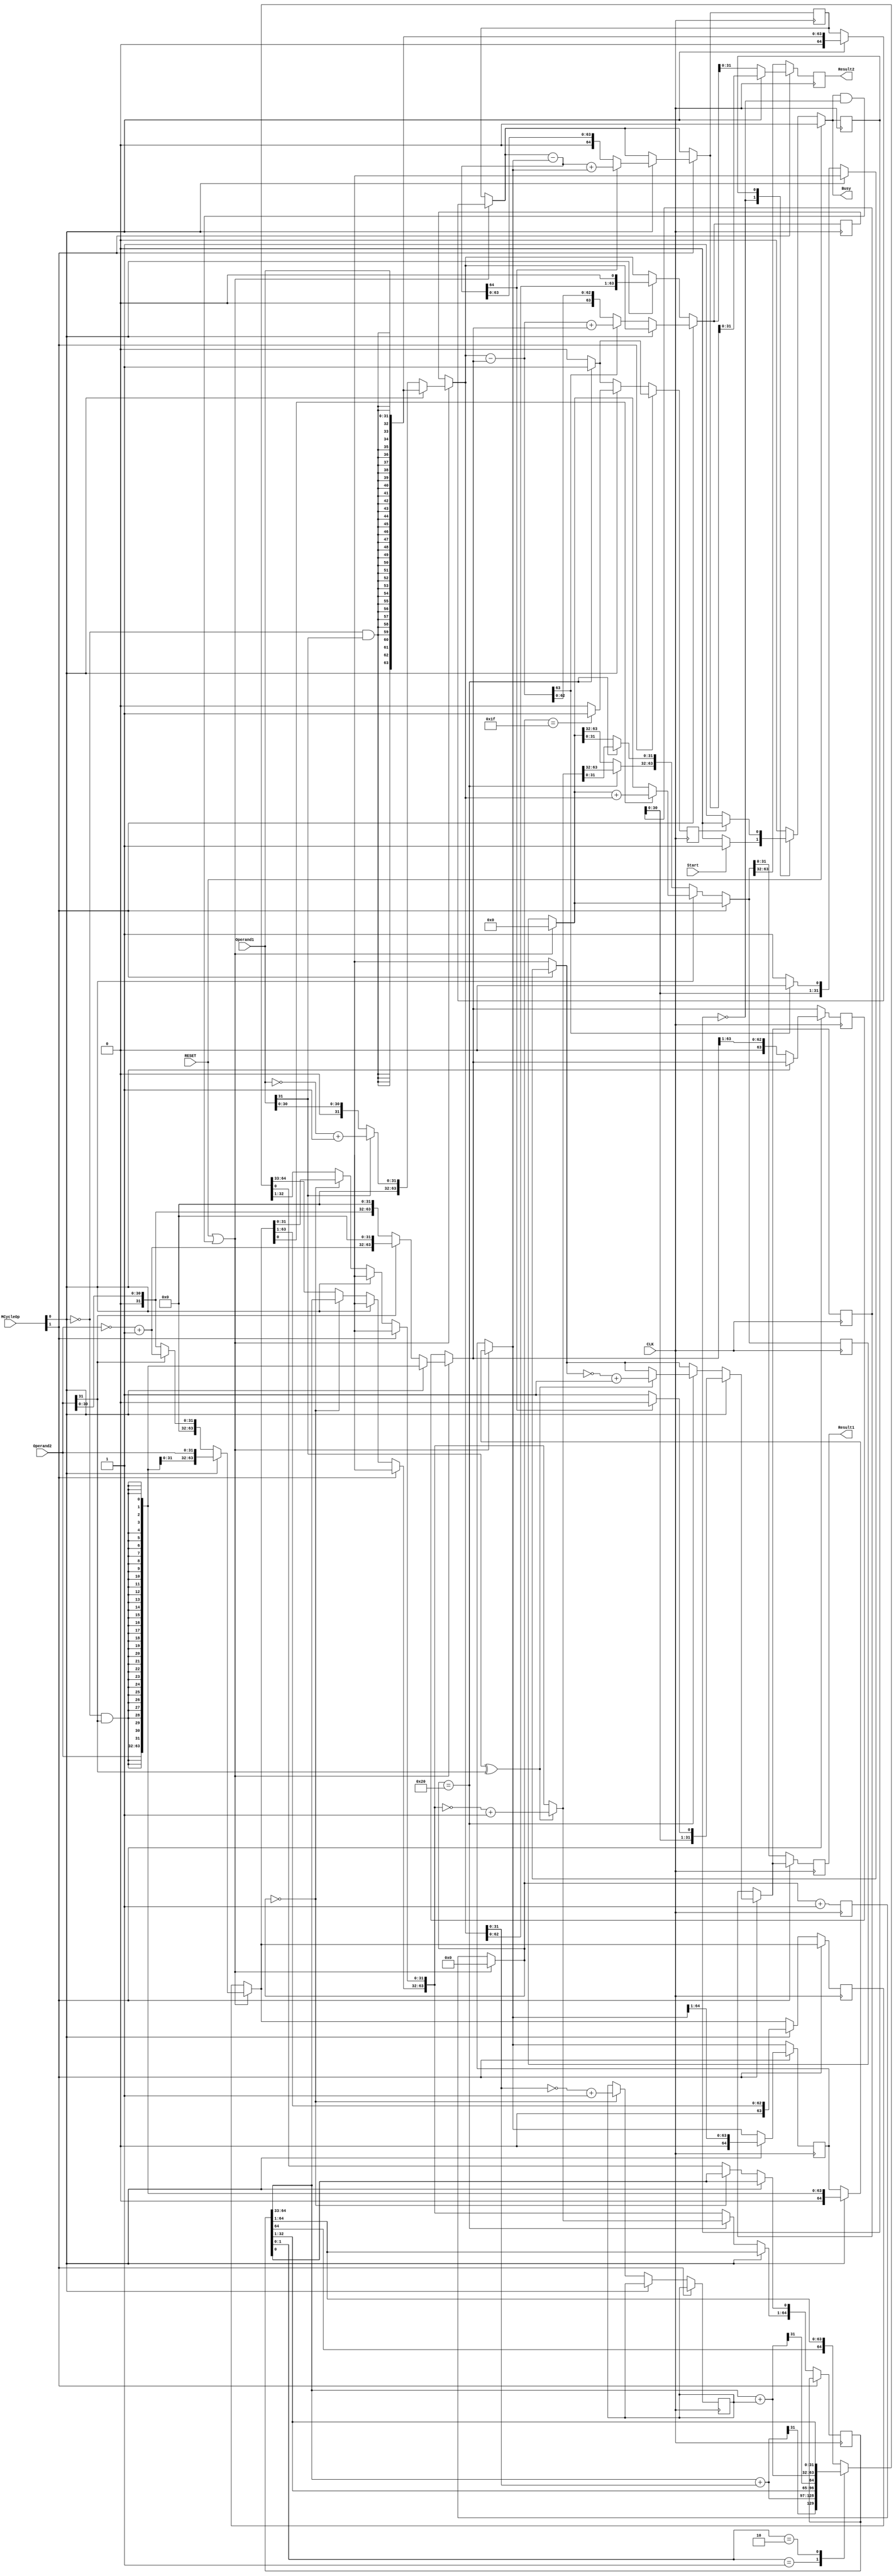
`timescale 1ns / 1ps
//////////////////////////////////////////////////////////////////////////////////
// Company: NUS
// 
// Design Name: 
// Module Name: MCycle
// Project Name: 
// Target Devices: 
// Tool Versions: 
// Description: 
// 
// Dependencies: 
// 
// Revision:
// Revision 0.01 - File Created
// Additional Comments:
// 
//////////////////////////////////////////////////////////////////////////////////
/* 
----------------------------------------------------------------------------------
--	(c) Shahzor Ahmad, Rajesh C Panicker
--	License terms :
--	You are free to use this code as long as you
--		(i) DO NOT post it on any public repository;
--		(ii) use it only for educational purposes;
--		(iii) accept the responsibility to ensure that your implementation does not violate any intellectual property of ARM Holdings or other entities.
--		(iv) accept that the program is provided "as is" without warranty of any kind or assurance regarding its suitability for any particular purpose;
--		(v) send an email to rajesh.panicker@ieee.org briefly mentioning its use (except when used for the course CG3207 at the National University of Singapore);
--		(vi) retain this notice in this file or any files derived from this.
----------------------------------------------------------------------------------
*/

module MCycle

    #(parameter width = 32) // Keep this at 4 to verify your algorithms with 4 bit numbers (easier). When using MCycle as a component in ARM, generic map it to 32.
    (
        input CLK,
        input RESET, // Connect this to the reset of the ARM processor.
        input Start, // Multi-cycle Enable. The control unit should assert this when an instruction with a multi-cycle operation is detected.
        input [1:0] MCycleOp, // Multi-cycle Operation. "00" for signed multiplication, "01" for unsigned multiplication, "10" for signed division, "11" for unsigned division. Generated by Control unit
        input [width-1:0] Operand1, // Multiplicand / Dividend / the original number
        input [width-1:0] Operand2, // Multiplier / Divisor
        output reg [width-1:0] Result1, // LSW of Product / Quotient
        output reg [width-1:0] Result2, // MSW of Product / Remainder
        output reg Busy // Set immediately when Start is set. Cleared when the Results become ready. This bit can be used to stall the processor while multi-cycle operations are on.
    );
    
// use the Busy signal to reset WE_PC to 0 in ARM.v (aka "freeze" PC). The two signals are complements of each other
// since the IDLE_PROCESS is combinational, instantaneously asserts Busy once Start is asserted
  
    parameter IDLE = 1'b0 ;  // will cause a warning which is ok to ignore - [Synth 8-2507] parameter declaration becomes local in MCycle with formal parameter declaration list...

    parameter COMPUTING = 1'b1 ; // this line will also cause the above warning
    reg state = IDLE ;
    reg n_state = IDLE ;
   
    reg done ;
    reg [7:0] count = 0 ; // assuming no computation takes more than 256 cycles.
    reg [2*width-1:0] temp_sum = 0 ;
    reg [2*width-1:0] shifted_op1 = 0 ;
    reg [2*width-1:0] shifted_op2 = 0 ;
    reg [2*width-1:0] shifted_op2D = 0;
    reg [2*width:0] pad_shifted_op2D = 0;
    reg [2*width:0] pad_shifted_op1 = 0 ;
    reg [width-1:0] quotient = 0;     
    reg [2*width-1:0] temporary = 0;
    reg [width-1:0] positiveOperand1 = 0;
    reg [width-1:0] positiveOperand2 = 0;
    reg [2*width-1:0] tempSum = 0;
    reg [2*width:0] fullSum = 0;
    reg [width-1:0] multicand_bar = 0;
   
    always@( state, done, Start, RESET ) begin : IDLE_PROCESS  
		// Note : This block uses non-blocking assignments to get around an unpredictable Verilog simulation behaviour.
        // default outputs
        Busy <= 1'b0 ;
        n_state <= IDLE ;
        
        // reset
        if(~RESET)
            case(state)
                IDLE: begin
                    if(Start) begin // note: a mealy machine, since output depends on current state (IDLE) & input (Start)
                        n_state <= COMPUTING ;
                        Busy <= 1'b1 ;
                    end
                end
                COMPUTING: begin
                    if(~done) begin
                        n_state <= COMPUTING ;
                        Busy <= 1'b1 ;
                    end
                end        
            endcase    
    end


    always@( posedge CLK ) begin : STATE_UPDATE_PROCESS // state updating
        state <= n_state ;    
    end

    
    always@( posedge CLK ) begin : COMPUTING_PROCESS // process which does the actual computation
        // n_state == COMPUTING and state == IDLE implies we are just transitioning into COMPUTING
        if( RESET | (n_state == COMPUTING & state == IDLE) ) begin // 2nd condition is true during the very 1st clock cycle of the multiplication
            count = 0 ;
            temp_sum = 0 ;
            if (~MCycleOp[0]) begin //signed variables
                if(Operand1[width-1])begin
                    positiveOperand1 = ~Operand1 + 1'b1;         //convert to positive    
                    shifted_op1 = { {width{1'b0}}, positiveOperand1 } ;
                end
                else begin
                    shifted_op1 = { {width{1'b0}}, Operand1 } ;
                end
                if(Operand2[width-1])begin
                    positiveOperand2 = ~Operand2 + 1'b1;             //convert to positive
                    shifted_op2 = { {width{1'b0}}, positiveOperand2 } ;
                    shifted_op2D = { positiveOperand2, {width{1'b0}}} ; //padding 'width'
                    
                end
                else begin
                    shifted_op2 = { {width{1'b0}}, Operand2 } ;
                    shifted_op2D = { Operand2, {width{1'b0}}} ; //padding 'width'
                end
            end
            else if(MCycleOp[0])begin //variables for unsigned
                    shifted_op1 = { {width{~MCycleOp[0] & Operand1[width-1]}}, Operand1 } ; // sign extend the operands, both dividend and multiplicand are pad left shift left.
                    shifted_op2 = { {width{~MCycleOp[0] & Operand2[width-1]}}, Operand2 } ; //sign extend the multipler as well
                    shifted_op2D = { Operand2, {width{~MCycleOp[0] & Operand2[width-1]}}} ; //padding 'width'
                    if (~MCycleOp[1]) begin
                        shifted_op1 = {1'b0, shifted_op1};
                    end
                    pad_shifted_op2D = { 1'b0, shifted_op2D} ;
                    pad_shifted_op1 = { 1'b0, shifted_op1} ;
            end
//            else begin
//                shifted_op1 = { {width{~MCycleOp[0] & Operand1[width-1]}}, Operand1 } ; // sign extend the operands, both dividend and multiplicand are pad left shift left.
//                shifted_op2 = { {width{~MCycleOp[0] & Operand2[width-1]}}, Operand2 } ; //sign extend the multipler as well
                
//            end
            
        end ;
        done <= 1'b0 ;   
        
        if( ~MCycleOp[1] ) begin // Multiply
            if(MCycleOp[0])begin
             //if( ~MCycleOp[0] ), takes 2*'width' cycles to execute, returns signed(Operand1)*signed(Operand2)
             //if( MCycleOp[0] ), takes 'width' cycles to execute, returns unsigned(Operand1)*unsigned(Operand2)        
                if( shifted_op2[0] ) // add only if b0 = 1
                    temp_sum = temp_sum + shifted_op1 ; // partial product for multiplication
                    
                shifted_op2 = {1'b0, shifted_op2[2*width-1 : 1]} ; //multipler shift right
                shifted_op1 = {shifted_op1[2*width-2 : 0], 1'b0} ;    //multiplicand shift left
                    
                if(count == width-1) begin// last cycle?
//                    if (Operand1[width-1] ^ Operand2[width-1:0])begin
//                        temp_sum = ~temp_sum + 1;
//                    end
                    done <= 1'b1 ;   
                end
                   
                count = count + 1;    
            end
            else begin
            //Booths algo for signed mul, initialize variables
                if (count == 0)begin
                    multicand_bar = ~shifted_op1[width-1:0] + 1;  
                    fullSum[width:1] = shifted_op2[width-1:0]; //set the multipler
                end
                else begin
                 
                    case(fullSum[1:0])
                        2'b01:
                            begin
                                fullSum[2*width:width+1] = fullSum[2*width:width+1] + shifted_op1[width-1:0]; //A < A + M
                                fullSum[2*width:0] = {fullSum[2*width], fullSum[2*width:1]}; //ASR
                            end
                        2'b10:
                            begin 
                                fullSum[2*width:width+1] = fullSum[2*width:width+1] + multicand_bar; //A < A - M
                                fullSum[2*width:0] = {fullSum[2*width], fullSum[2*width:1]}; //ASR
                            end
                        
                        default:
                            begin
                                fullSum[2*width:0] = {fullSum[2*width], fullSum[2*width:1]}; //ASR
                            end
                    endcase
               
                end
                
                if(count == width)begin 
                    if (Operand1[width-1] ^ Operand2[width-1]) //check if the signs are opposite
                    begin
                        fullSum[2*width:1] = ~fullSum[2*width:1] + 1;
                    end
                    temp_sum[2*width-1:width] = fullSum[2*width:width+1]; 
                    temp_sum[width-1:0] = fullSum[width:1];
                    done <= 1'b1 ;
                  end
                count = count + 1 ;
            end
        end 
        else begin // Supposed to be Divide. The dummy code below takes 1 cycle to execute, just returns the operands. Change this to signed [ if(~MCycleOp[0]) ] and unsigned [ if(MCycleOp[0]) ] division.
            if (MCycleOp[0]) begin //unsigned division
               pad_shifted_op1 = pad_shifted_op1 - pad_shifted_op2D; //remainder - divisor
               if (~pad_shifted_op1[2*width]) begin
                    quotient = { quotient[width-2:0], 1'b1 }; //shift the quotient to the left, remainder >= 0
               end
               else begin
                    pad_shifted_op1 = pad_shifted_op1 + pad_shifted_op2D; //restorative division for remainder < 0
                    quotient = { quotient[width-2:0], 1'b0 };
               end
               pad_shifted_op2D = { 1'b0, pad_shifted_op2D[2*width:1] }; //right shift one divisor
               if( count == width ) //last cycle?
                    done <= 1'b1; 
                    
               count = count + 1;
            end
            else if (~MCycleOp[0]) begin //signed division

               shifted_op1 = shifted_op1 - shifted_op2D ; //remainder - divisor
               if (~shifted_op1[2*width - 1]) begin
                    quotient = { quotient[width-1:0], 1'b1 }; //shift the quotient to the left, remainder >= 0
               end
               else begin
                    shifted_op1 = shifted_op1 + shifted_op2D; //restorative division for remainder < 0
                    quotient = { quotient[width-1:0], 1'b0 };
               end
               shifted_op2D = { 1'b0, shifted_op2D[2*width-1:1] }; //right shift one divisor
                
               if( count == width ) begin//last cycle?
                    if (Operand1[width-1] ^ Operand2[width-1])begin //if both signs are different, negate
                        quotient = ~quotient + 1'b1;
                    end
                    done <= 1'b1;
                end
                    
                count = count + 1;  
            end
                    
        end ;
        if (~MCycleOp[1]) begin //multiply
            Result2 <= temp_sum[2*width-1 : width] ;
            Result1 <= temp_sum[width-1 : 0] ;
        end
        else begin
            if(MCycleOp[0])begin // unsigned div
                Result1 <= quotient;
                Result2 <= pad_shifted_op1[width-1 : 0];
            end
            else begin 
                Result1 <= quotient;
                Result2 <= shifted_op1[width-1 : 0];
            end
        end
    end
   
endmodule